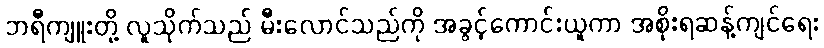
ဘရီကျူးတို့ လူသိုက်သည် မီးလောင်သည်ကို အခွင့်ကောင်းယူကာ အစိုးရဆန့်ကျင်ရေး